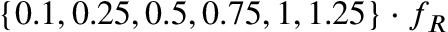
\{ 0 . 1 , 0 . 2 5 , 0 . 5 , 0 . 7 5 , 1 , 1 . 2 5 \} \cdot f _ { R }